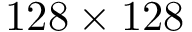
1 2 8 \times 1 2 8